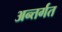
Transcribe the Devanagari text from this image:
अन्तर्गत